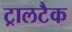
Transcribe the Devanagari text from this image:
ट्रालटैक